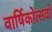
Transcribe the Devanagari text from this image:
वार्षिकोत्सवों